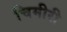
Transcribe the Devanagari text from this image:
चिमीरी